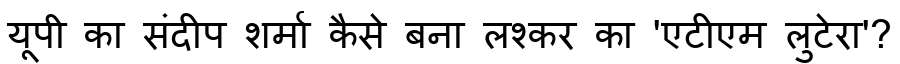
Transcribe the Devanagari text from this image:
यूपी का संदीप शर्मा कैसे बना लश्कर का 'एटीएम लुटेरा'?